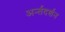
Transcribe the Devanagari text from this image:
अर्न्तदर्शन